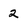
Character: 2